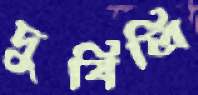
দুষিলি